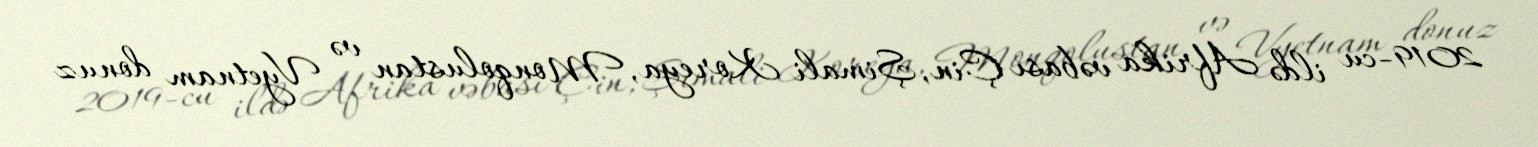
2019-cu ildə Afrika vəbası Çin, Şimali Koreya, Monqolustan və Vyetnam donuz